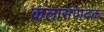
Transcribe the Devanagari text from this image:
कलासंपादक